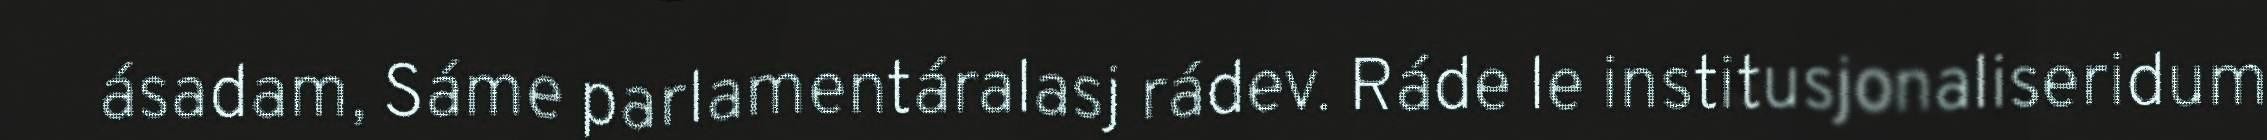
ásadam, Sáme parlamentáralasj rádev. Ráde le institusjonaliseridum